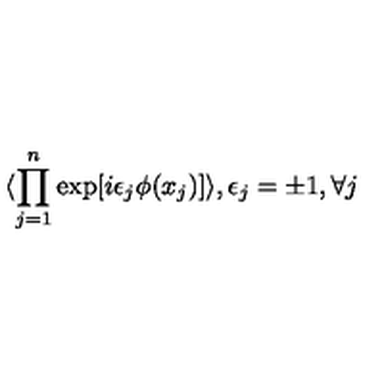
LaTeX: \langle \prod _ { j = 1 } ^ { n } \exp [ i \epsilon _ { j } \phi ( x _ { j } ) ] \rangle , \epsilon _ { j } = \pm 1 , \forall j \,